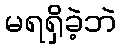
မရရှိခဲ့ဘဲ